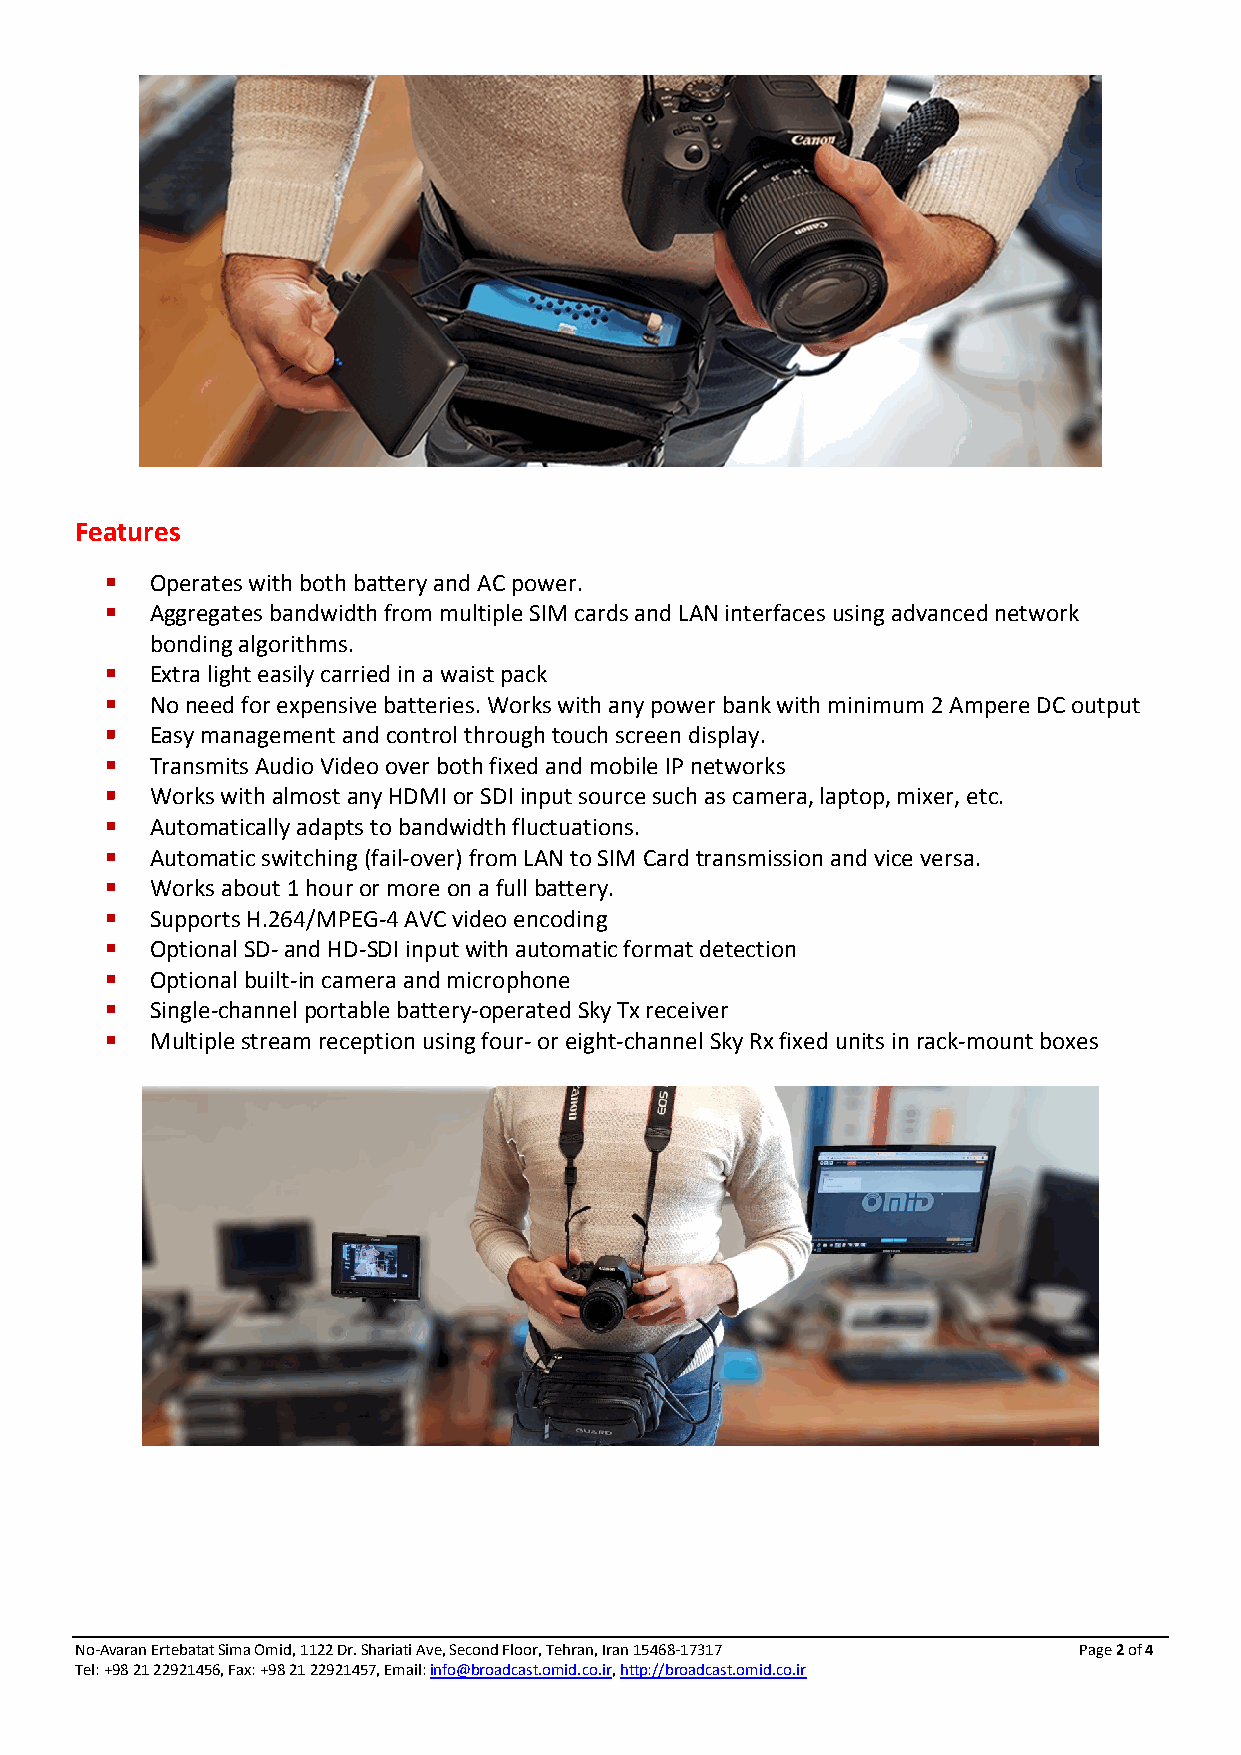
Features
   Operates with both battery and AC power.
   Aggregates bandwidth from multiple SIM cards and LAN interfaces using advanced network
 bonding algorithms.
   Extra light easily carried in a waist pack
   No need for expensive batteries. Works with any power bank with minimum 2 Ampere DC output
   Easy management and control through touch screen display.
   Transmits Audio Video over both fixed and mobile IP networks
   Works with almost any HDMI or SDI input source such as camera, laptop, mixer, etc.
   Automatically adapts to bandwidth fluctuations.
   Automatic switching (fail-over) from LAN to SIM Card transmission and vice versa.
   Works about 1 hour or more on a full battery.
   Supports H.264/MPEG-4 AVC video encoding
   Optional SD- and HD-SDI input with automatic format detection
   Optional built-in camera and microphone
   Single-channel portable battery-operated Sky Tx receiver
   Multiple stream reception using four- or eight-channel Sky Rx fixed units in rack-mount boxes
 No-Avaran Ertebatat Sima Omid, 1122 Dr. Shariati Ave, Second Floor, Tehran, Iran 15468-17317 Page 2 of 4
 Tel: +98 21 22921456, Fax: +98 21 22921457, Email: info@broadcast.omid.co.ir, http://broadcast.omid.co.ir